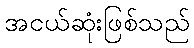
အငယ်ဆုံးဖြစ်သည်